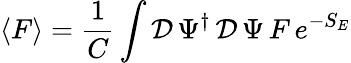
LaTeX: \left\langle F\right\rangle=\frac{1}{C}\int\mathcal{D}\, \Psi^{\dagger}\, \mathcal{D}\, \Psi\, F\, e^{-S_{E}}